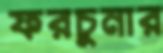
ফরচুনার